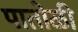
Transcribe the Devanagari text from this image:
पातोळी